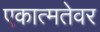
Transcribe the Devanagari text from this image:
एकात्मतेवर